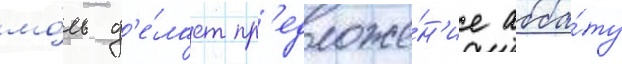
мо́ль д'е́лает пр'едложе́н'ие абба́ту